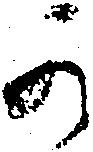
可